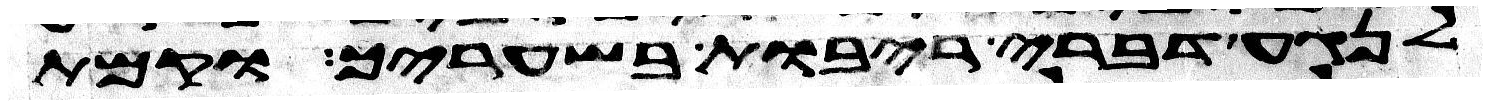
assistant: לנגע דברי ריבות בשעריך וקמת